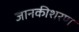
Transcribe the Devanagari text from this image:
जानकीशरण